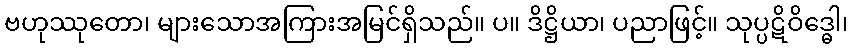
ဗဟုဿုတော၊ များသောအကြားအမြင်ရှိသည်။ ပ။ ဒိဋ္ဌိယာ၊ ပညာဖြင့်။ သုပ္ပဋိဝိဒ္ဓေါ၊